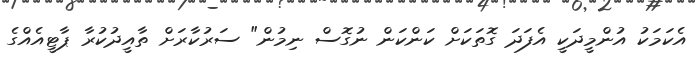
އެކަމަކު އުންމީދަކީ އެފަދަ ގޮތަކަށް ކަންކަން ނުގޮސް ނިމުން" ސަރުކާރަށް ތާއީދުކުރާ ޕާޓީއެއްގެ